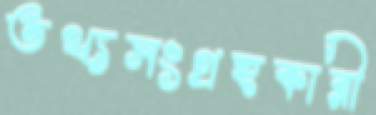
তথ্যসংগ্রহকারী